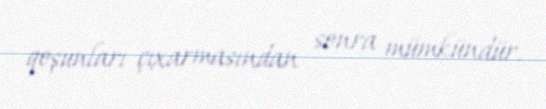
qoşunları çıxarmasından sonra mümkündür.